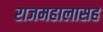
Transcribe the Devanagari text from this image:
राजमहालासह